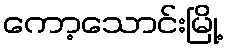
ကော့သောင်းမြို့